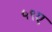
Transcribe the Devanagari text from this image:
५९ए